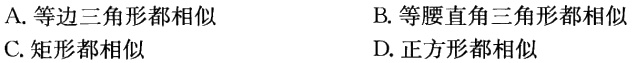
A. 等边三角形都相似

B. 等腰直角三角形都相似

C. 矩形都相似

D. 正方形都相似